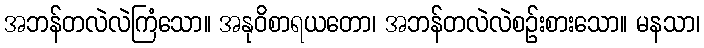
အဘန်တလဲလဲကြံသော။ အနုဝိစာရယတော၊ အဘန်တလဲလဲစဉ်းစားသော။ မနသာ၊